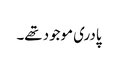
پادری موجود تھے۔